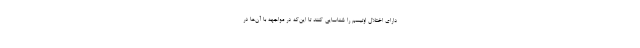
دارای اختلال اوتیسم را شناسایی کنند تا این‌که در مواجهه با آن‌ها در